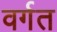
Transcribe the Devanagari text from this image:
वर्गत